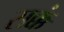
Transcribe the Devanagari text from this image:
सक्कं